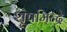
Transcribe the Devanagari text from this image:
शूषमिन्द्रे